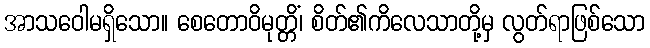
အာသဝေါမရှိသော။ စေတောဝိမုတ္တိံ၊ စိတ်၏ကိလေသာတို့မှ လွတ်ရာဖြစ်သော